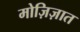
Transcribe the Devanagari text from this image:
मोज़िज़ात